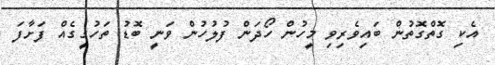
އެކި ގޮތްގޮތުން ބައިވެރިވި މީހުން ހޯދަން ފުލުހުން ވަނީ ބޮޑު ތަހުގީގެއް ފަށާފަ